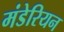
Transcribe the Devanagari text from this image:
मंडेरियन